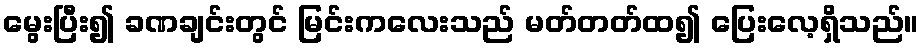
မွေးပြီး၍ ခဏချင်းတွင် မြင်းကလေးသည် မတ်တတ်ထ၍ ပြေးလေ့ရှိသည်။